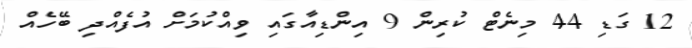
12 ގަޑި 44 މިނެޓް ކުރިން 9 އިންޑިއާގައި ވިއްކުމަށް އުފެއްދި ބޭހެއް